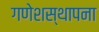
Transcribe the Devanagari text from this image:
गणेशस्थापना